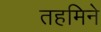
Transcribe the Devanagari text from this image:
तहमिने